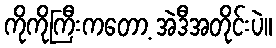
ကိုကိုကြီးကတော့ အဲဒီအတိုင်းပဲ။